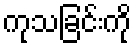
ကုသခြင်းကို